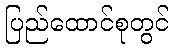
ပြည်ထောင်စုတွင်